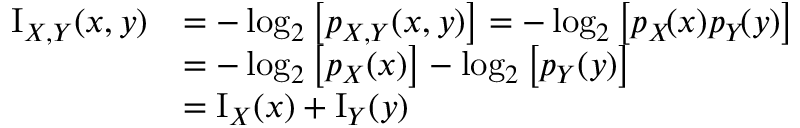
{ \begin{array} { r l } { \operatorname { I } _ { X , Y } ( x , y ) } & { = - \log _ { 2 } \left[ p _ { X , Y } ( x , y ) \right] = - \log _ { 2 } \left[ p _ { X } \! ( x ) p _ { Y } \! ( y ) \right] } \\ & { = - \log _ { 2 } \left[ p _ { X } { ( x ) } \right] - \log _ { 2 } \left[ p _ { Y } { ( y ) } \right] } \\ & { = \operatorname { I } _ { X } ( x ) + \operatorname { I } _ { Y } ( y ) } \end{array} }